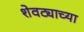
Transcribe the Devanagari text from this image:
शेवट्याच्या